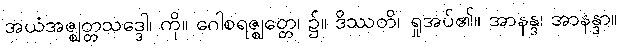
အယံအဇ္ဈတ္တသဒ္ဒေါ၊ ကို။ ဂေါစရဇ္ဈတ္တေ၊ ၌။ ဒိဿတိ၊ ရှုအပ်၏။ အာနန္ဒ၊ အာနန္ဒာ။